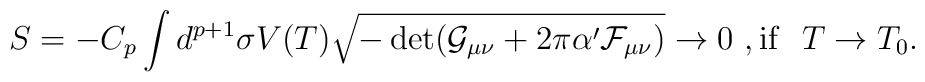
S=-C_p\int d^{p+1}\sigma V(T)\sqrt{-\det (\mathcal{G}_{\mu\nu}+2\pi\alpha'\mathcal{F}_{\mu\nu})}\rightarrow 0 \ ,\mathrm{if} \  \ T\rightarrow T_0.